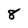
Character: 8